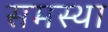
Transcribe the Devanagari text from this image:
समस्था